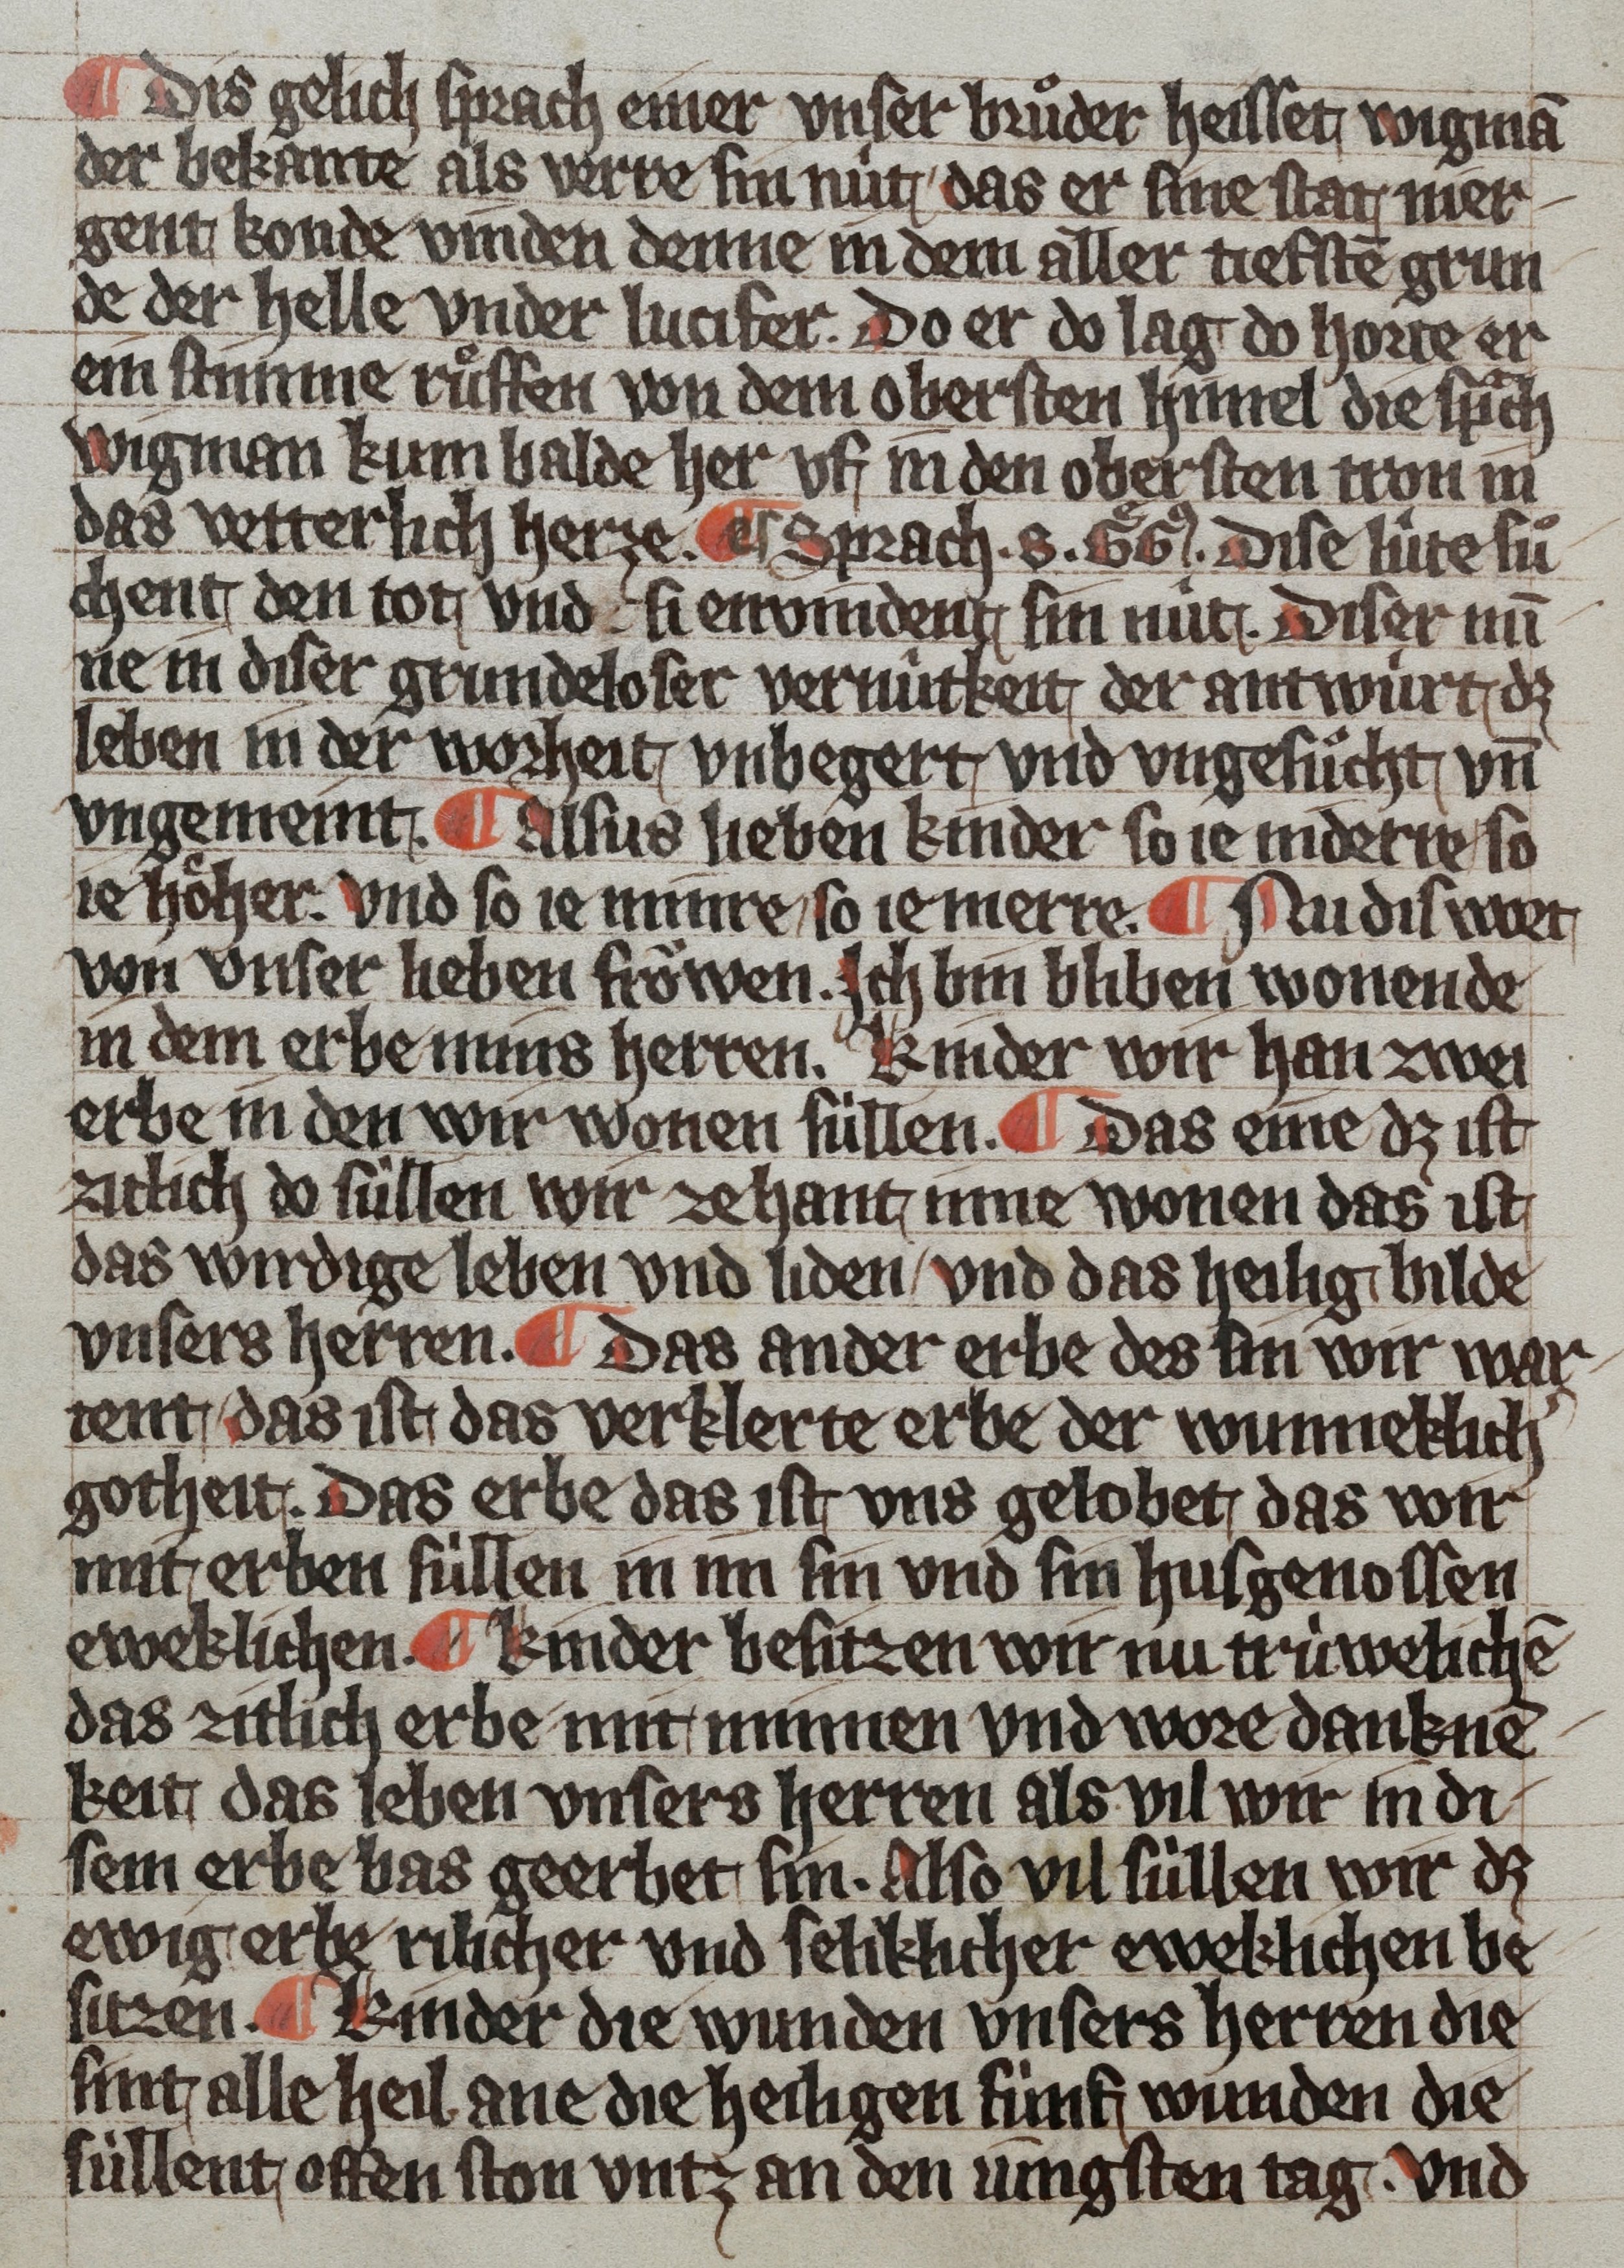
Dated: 1359–1359